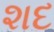
શદ